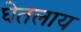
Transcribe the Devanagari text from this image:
घेतलाय